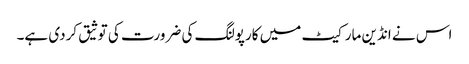
اس نے انڈین مارکیٹ میں کارپولنگ کی ضرورت کی توثیق کردی ہے۔